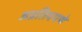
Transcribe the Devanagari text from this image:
अप्रतिमपणे